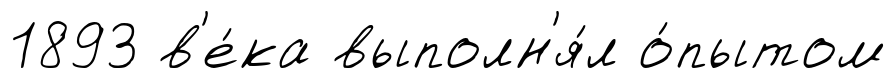
1893 в'е́ка выполн'я́л о́пытом